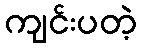
ကျင်းပတဲ့